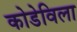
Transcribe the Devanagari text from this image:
कोडेविला